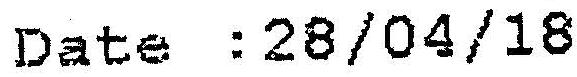
DATE : 28/04/18